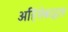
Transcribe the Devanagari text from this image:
अहिंसेबद्दल